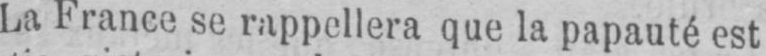
La France se rappellera que la papauté est